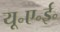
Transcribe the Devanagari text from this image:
यू॰ए॰ई॰